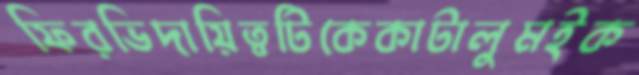
ফিরভিদায়িত্বটিকেকাটালুমইক